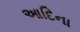
આદિના